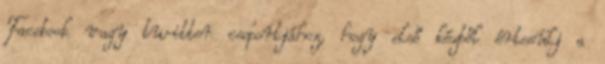
Facebook vagy twitter csoportjához, hogy első kézből értesülj a